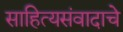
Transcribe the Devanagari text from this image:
साहित्यसंवादाचे